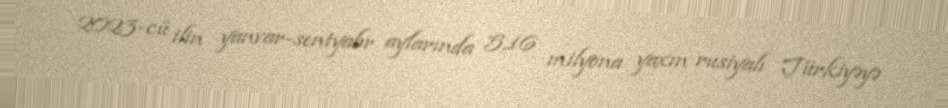
2023-cü ilin yanvar-sentyabr aylarında 5,16 milyona yaxın rusiyalı Türkiyəyə